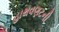
હાથવણટની